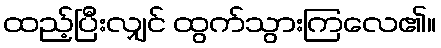
ထည့်ပြီးလျှင် ထွက်သွားကြလေ၏။